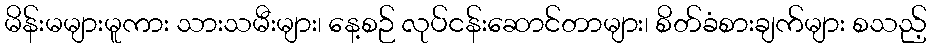
မိန်းမများမူကား သားသမီးများ၊ နေ့စဉ် လုပ်ငန်းဆောင်တာများ၊ စိတ်ခံစားချက်များ စသည့်